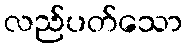
လည်ပတ်သော